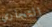
التجاري